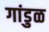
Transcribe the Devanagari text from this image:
गांडुळ